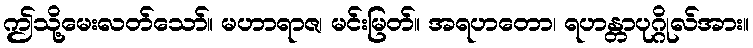
ဤသို့မေးလတ်သော်။ မဟာရာဇ၊ မင်းမြတ်။ အရဟတော၊ ရဟန္တာပုဂ္ဂိုလ်အား။